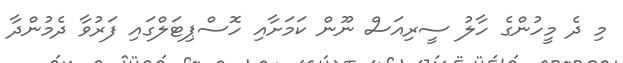
މި ދެ މީހުންގެ ހާލު ސީރިއަސް ނޫން ކަމަށާއި ހޮސްޕިޓަލްގައި ފަރުވާ ދެމުންދާ